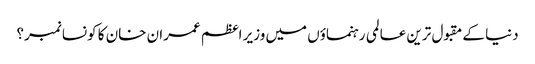
دنیا کے مقبول ترین عالمی رہنماؤں میں وزیر اعظم عمران خان کا کونسا نمبر؟